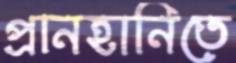
প্রানহানিতে